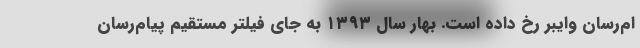
ام‌رسان وایبر رخ داده است. بهار سال ۱۳۹۳ به جای فیلتر مستقیم پیام‌رسان